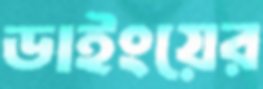
ডাইংয়ের